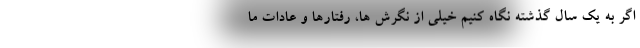
اگر به یک سال گذشته نگاه کنیم خیلی از نگرش ها، رفتارها و عادات ما